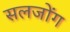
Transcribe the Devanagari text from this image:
सलजोंग